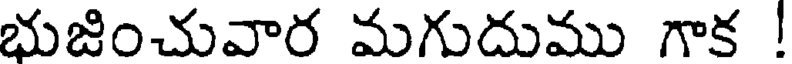
భుజించువార మగుదుము గాక !